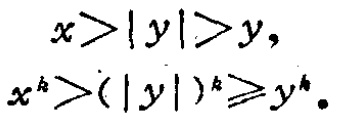
\[

\begin{align*}

x&>|y|>y,\\

x^{k}&>(|y|)^{k}\geqslant y^{k}.

\end{align*}

\]